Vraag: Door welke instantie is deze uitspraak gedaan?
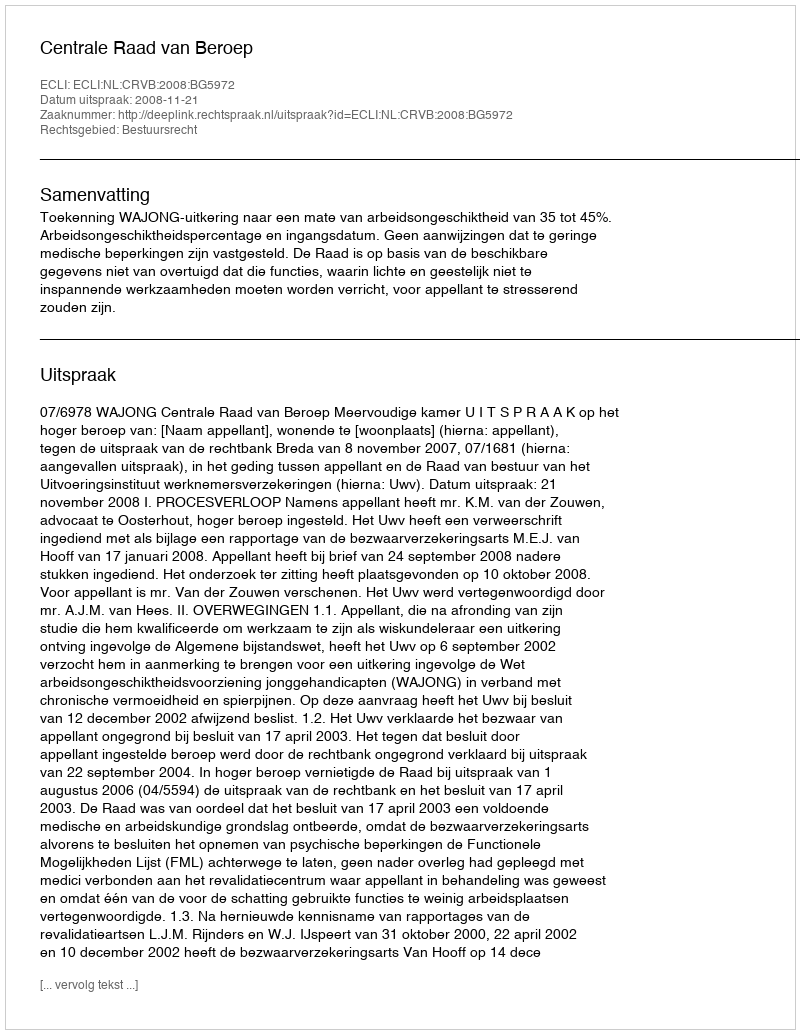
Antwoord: Centrale Raad van Beroep